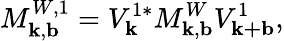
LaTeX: M_{\mathbf{k},\mathbf{b}}^{W,1}=V_{\mathbf{k}}^{1*}M_{\mathbf{k},\mathbf{b}}^{W}V_{\mathbf{k+b}}^{1},